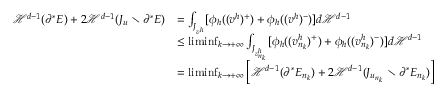
\begin{array} { r l } { { \mathcal { H } } ^ { d - 1 } ( \partial ^ { * } E ) + 2 { \mathcal { H } } ^ { d - 1 } ( J _ { u } \setminus \partial ^ { * } E ) } & { = \int _ { J _ { v ^ { h } } } [ \phi _ { h } ( ( v ^ { h } ) ^ { + } ) + \phi _ { h } ( ( v ^ { h } ) ^ { - } ) ] d { \mathcal { H } } ^ { d - 1 } } \\ & { \leq \operatorname* { l i m i n f } _ { k \to + \infty } \int _ { J _ { v _ { n _ { k } } ^ { h } } } [ \phi _ { h } ( ( v _ { n _ { k } } ^ { h } ) ^ { + } ) + \phi _ { h } ( ( v _ { n _ { k } } ^ { h } ) ^ { - } ) ] d { \mathcal { H } } ^ { d - 1 } } \\ & { = \operatorname* { l i m i n f } _ { k \to + \infty } \left[ { \mathcal { H } } ^ { d - 1 } ( \partial ^ { * } E _ { n _ { k } } ) + 2 { \mathcal { H } } ^ { d - 1 } ( J _ { u _ { n _ { k } } } \setminus \partial ^ { * } E _ { n _ { k } } ) \right] } \end{array}